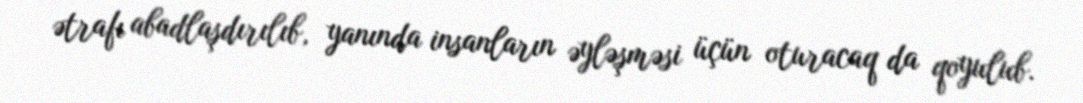
ətrafı abadlaşdırılıb, yanında insanların əyləşməsi üçün oturacaq da qoyulub.